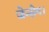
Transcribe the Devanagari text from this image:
जेन्सेन।